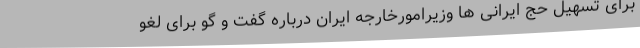
برای تسهیل حج ایرانی ها وزیرامورخارجه ایران درباره گفت و گو برای لغو